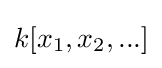
k[x_{1},x_{2},...]